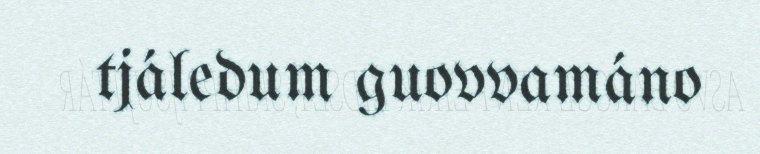
tjáledum guovvamáno